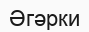
Әгәрки